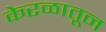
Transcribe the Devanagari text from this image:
केरळातून